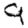
Digit: 9